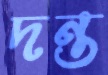
দন্ত